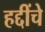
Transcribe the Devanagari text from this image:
हद्दींचे